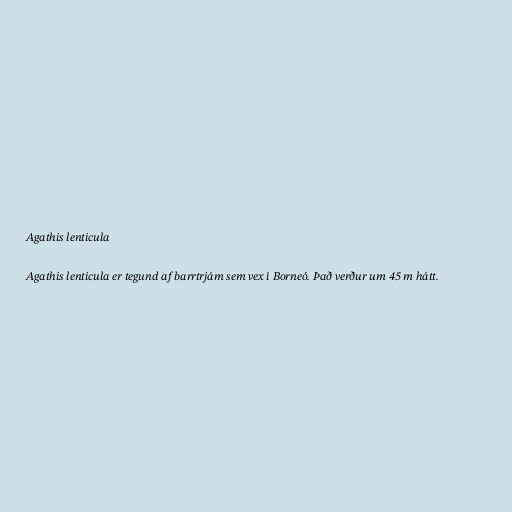
Agathis lenticula

Agathis lenticula er tegund af barrtrjám sem vex í Borneó. Það verður um 45 m hátt.